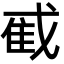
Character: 𫻼